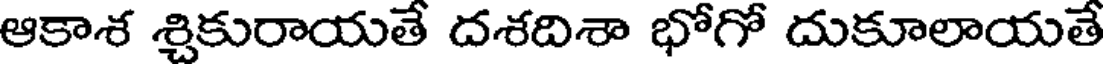
ఆకాశ శ్చికురాయతే దశదిశా భోగో దుకూలాయతే